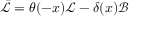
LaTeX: \bar { \mathcal { L } } = \theta ( - x ) \mathcal { L } - \delta ( x ) \mathcal { B }